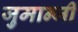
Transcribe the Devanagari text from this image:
जुमान्जी